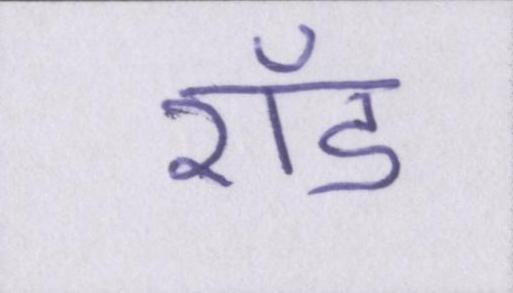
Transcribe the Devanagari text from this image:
रॉड